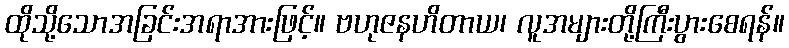
ထိုသို့သောအခြင်းအရာအားဖြင့်။ ဗဟုဇနဟိတာယ၊ လူအများတို့ကြီးပွားစေရန်။